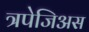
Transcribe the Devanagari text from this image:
त्रपेजिअस